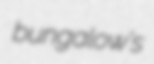
bungalow's